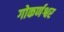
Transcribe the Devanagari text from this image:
गोकर्णश्वर